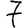
Digit: 7